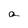
Character: a